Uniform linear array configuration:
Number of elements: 32
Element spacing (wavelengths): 0.5
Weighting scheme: blackman
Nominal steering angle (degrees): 60
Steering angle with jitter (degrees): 60.498
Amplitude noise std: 0.05
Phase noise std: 0.05

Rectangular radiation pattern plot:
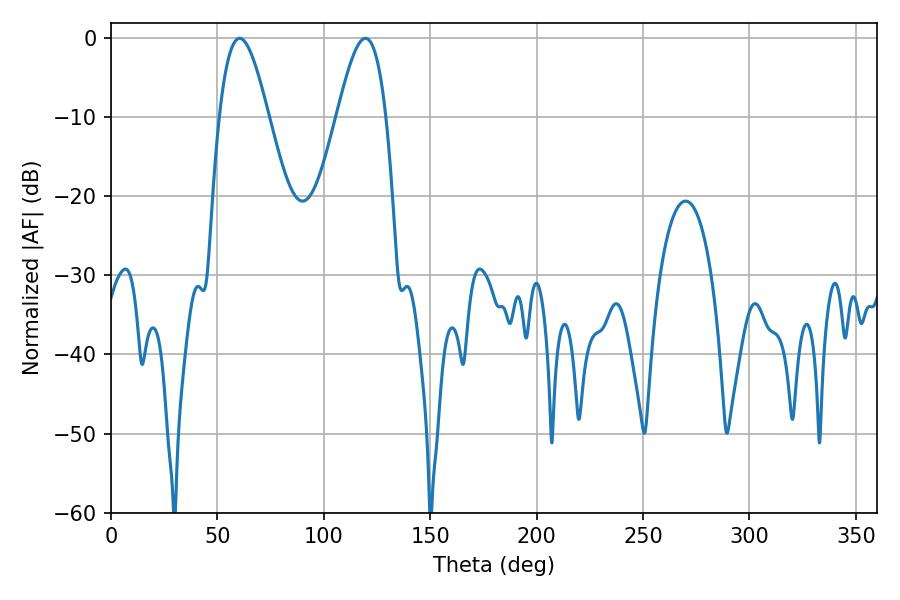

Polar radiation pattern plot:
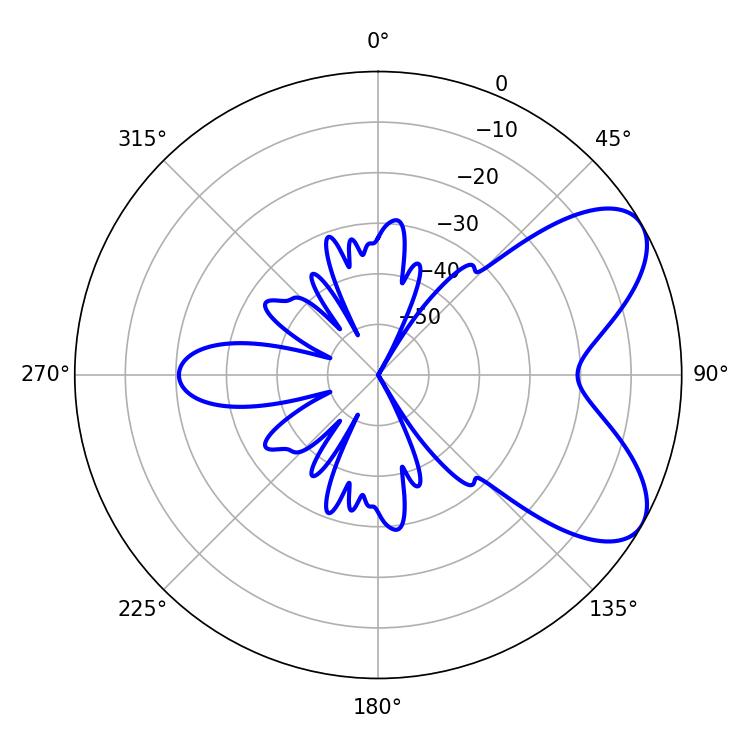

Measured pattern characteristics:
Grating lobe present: FALSE
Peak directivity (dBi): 6.808
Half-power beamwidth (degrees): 12.42
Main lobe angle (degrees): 60.48